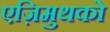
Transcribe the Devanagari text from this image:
एज़िमुथको